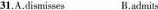
31.A.dismisses B.admits